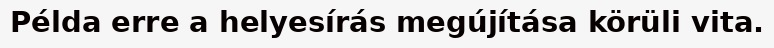
Példa erre a helyesírás megújítása körüli vita.